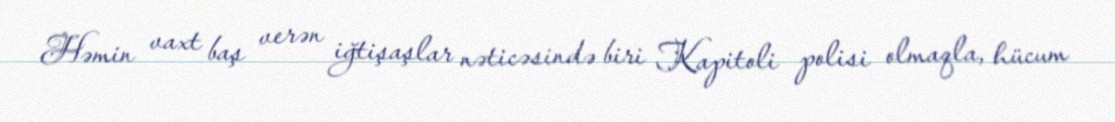
Həmin vaxt baş verən iğtişaşlar nəticəsində biri Kapitoli polisi olmaqla, hücum